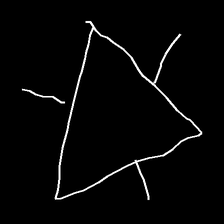
Glyph: fire